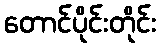
တောင်ပိုင်းတိုင်း